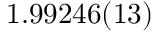
1 . 9 9 2 4 6 ( 1 3 )